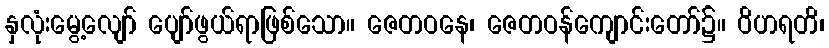
နှလုံးမွေ့လျော် ပျော်ဖွယ်ရာဖြစ်သော။ ဇေတဝနေ၊ ဇေတဝန်ကျောင်းတော်၌။ ဝိဟရတိ၊